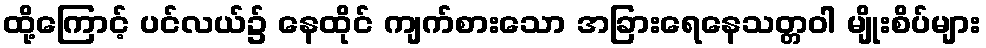
ထို့ကြောင့် ပင်လယ်၌ နေထိုင် ကျက်စားသော အခြားရေနေသတ္တဝါ မျိုးစိပ်များ